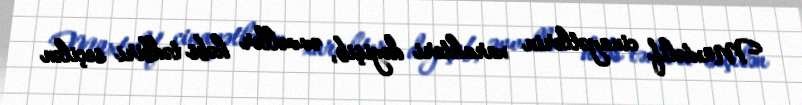
Müxtəlif cinayətlərin xarakteri dəyişib, əvvəllər həbs tədbiri seçilən